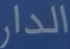
الدار